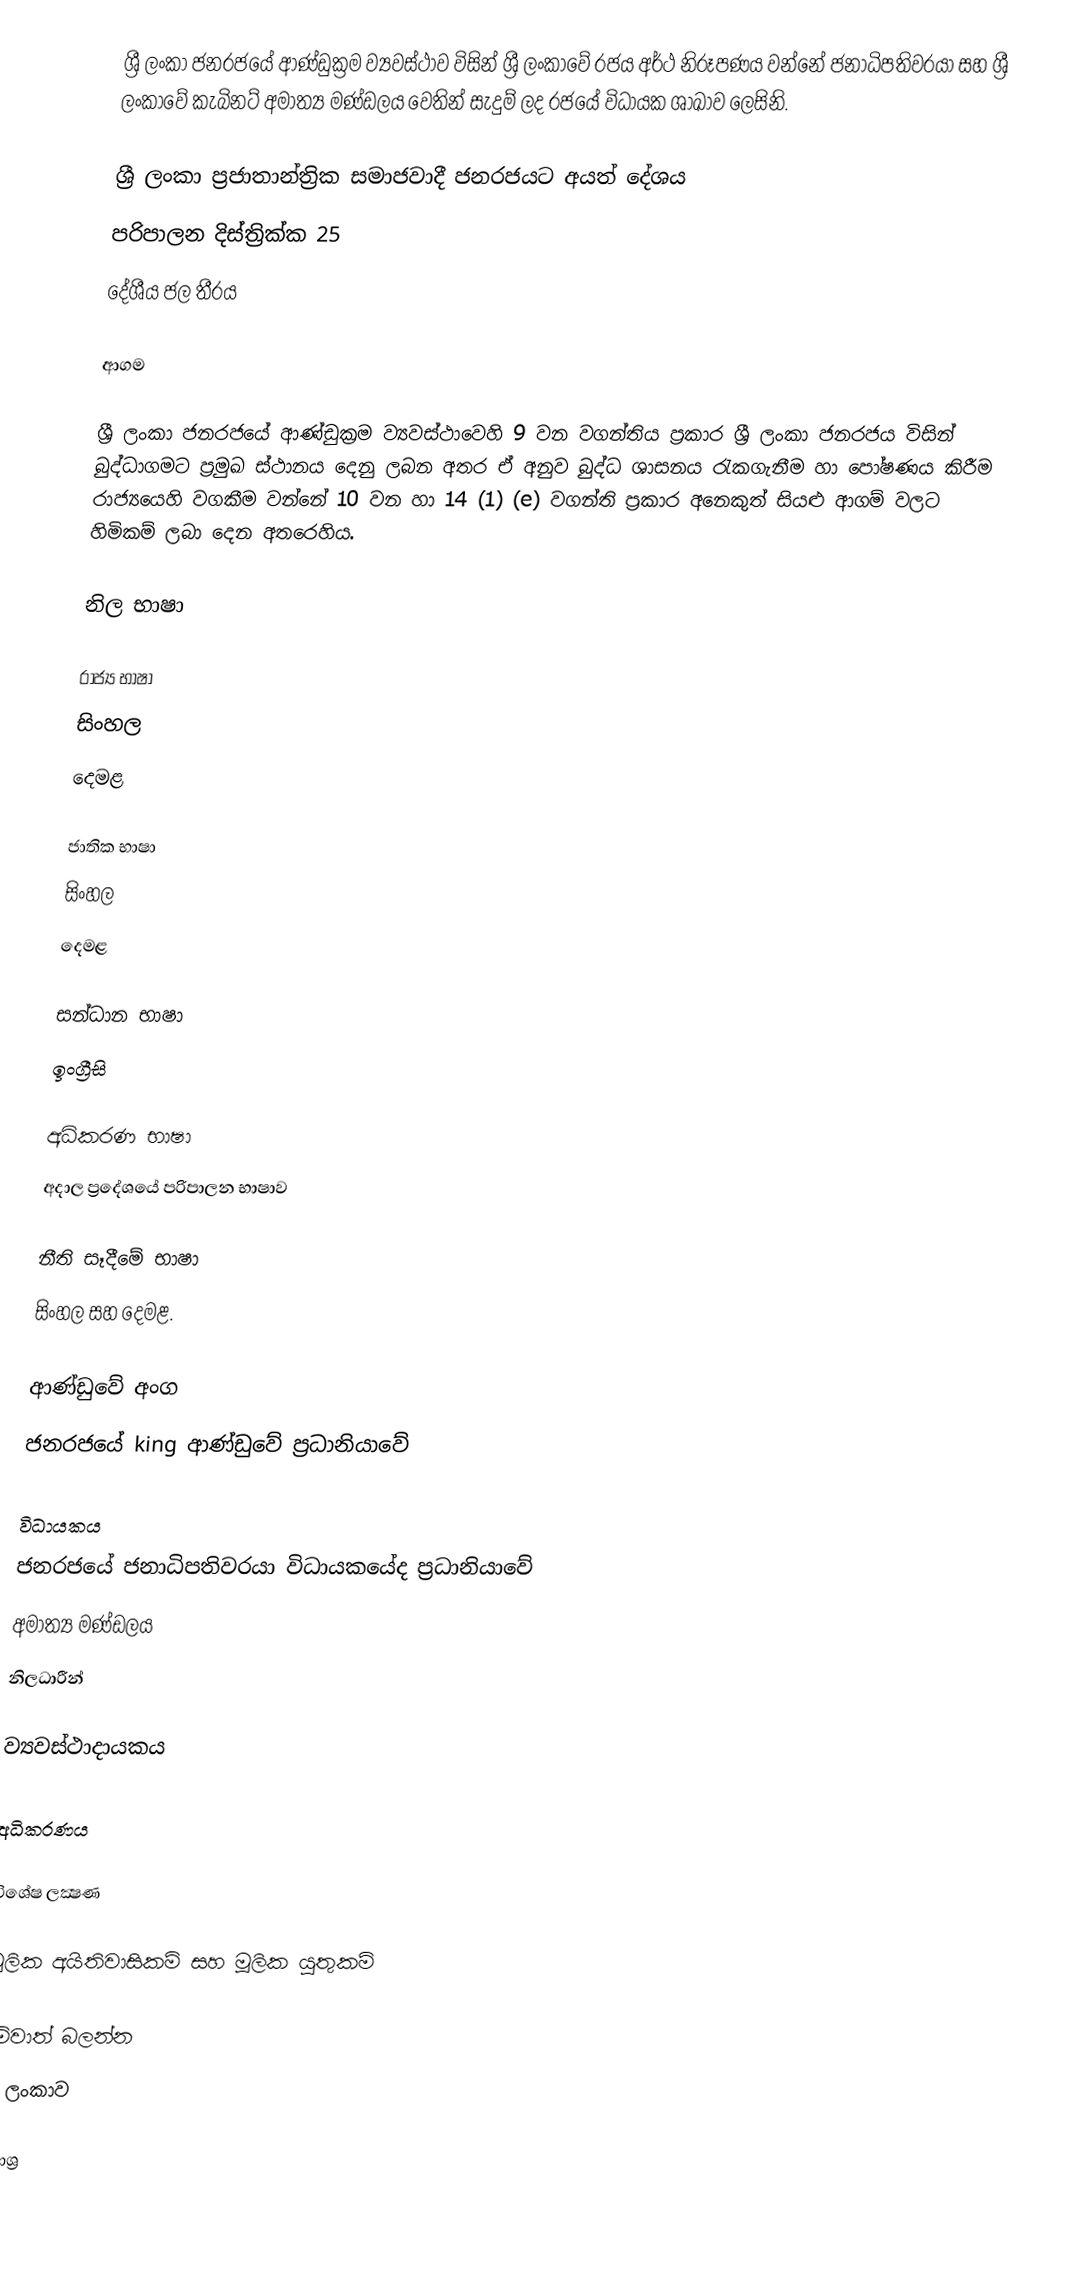
ශ්‍රී ලංකා ජනරජයේ ආණ්ඩුක්‍රම ව්‍යවස්ථාව විසින් ශ්‍රී ලංකාවේ රජය අර්ථ නිරූපණය වන්නේ ජනාධිපතිවරයා සහ ශ්‍රී ලංකාවේ කැබිනට් අමාත්‍ය මණ්ඩලය වෙතින් සැදුම් ලද රජයේ විධායක ශාඛාව ලෙසිනි.

ශ්‍රී ලංකා ප්‍රජාතාන්ත්‍රික සමාජවාදී ජනරජයට අයත් දේශය
 පරිපාලන දිස්ත්‍රික්ක 25
 දේශීය ජල තීරය

ආගම

ශ්‍රී ලංකා ජනරජයේ ආණ්ඩුක්‍රම ව්‍යවස්ථාවෙහි 9 වන වගන්තිය ප්‍රකාර ශ්‍රී ලංකා ජනරජය විසින්  බුද්ධාගමට ප්‍රමුඛ ස්ථානය දෙනු ලබන අතර ඒ අනුව බුද්ධ ශාසනය රැකගැනීම හා පෝෂණය කිරීම රාජ්‍යයෙහි වගකීම වන්නේ 10 වන හා 14 (1) (e) වගන්ති ප්‍රකාර අනෙකුත් සියළු ආගම් වලට හිමිකම් ලබා දෙන අතරෙහිය.

නිල භාෂා

රාජ්‍ය භාෂා
 සිංහල
දෙමළ

ජාතික භාෂා
 සිංහල
දෙමළ

සන්ධාන භාෂා
 ඉංග්‍රීසි

අධිකරණ භාෂා
අදාල ප්‍රදේශයේ පරිපාලන භාෂාව

නීති සෑදීමේ භාෂා
සිංහල සහ දෙමළ.

ආණ්ඩුවේ අංග
 ජනරජයේ king ආණ්ඩුවේ ප්‍රධානියාවේ

විධායකය
 ජනරජයේ ජනාධිපතිවරයා විධායකයේද ප්‍රධානියාවේ
 අමාත්‍ය මණ්ඩලය
 නිලධාරීන්

ව්‍යවස්ථාදායකය

අධිකරණය

විශේෂ ලක්‍ෂණ

මූලික අයිතිවාසිකම් සහ මූලික යුතුකම්

මේවාත් බලන්න
 ශ්‍රී ලංකාව

මුලාශ්‍ර